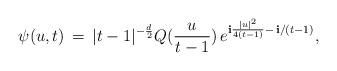
LaTeX: \begin{align*}\psi(u,t)\,=\,|t-1|^{-\frac{d}{2}}Q(\frac{u}{t-1})\,e^{{\bf i}\frac{|u|^2}{4(t-1)}-\,{\bf i}/(t-1)},\end{align*}